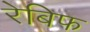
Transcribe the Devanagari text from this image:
रेबिफ